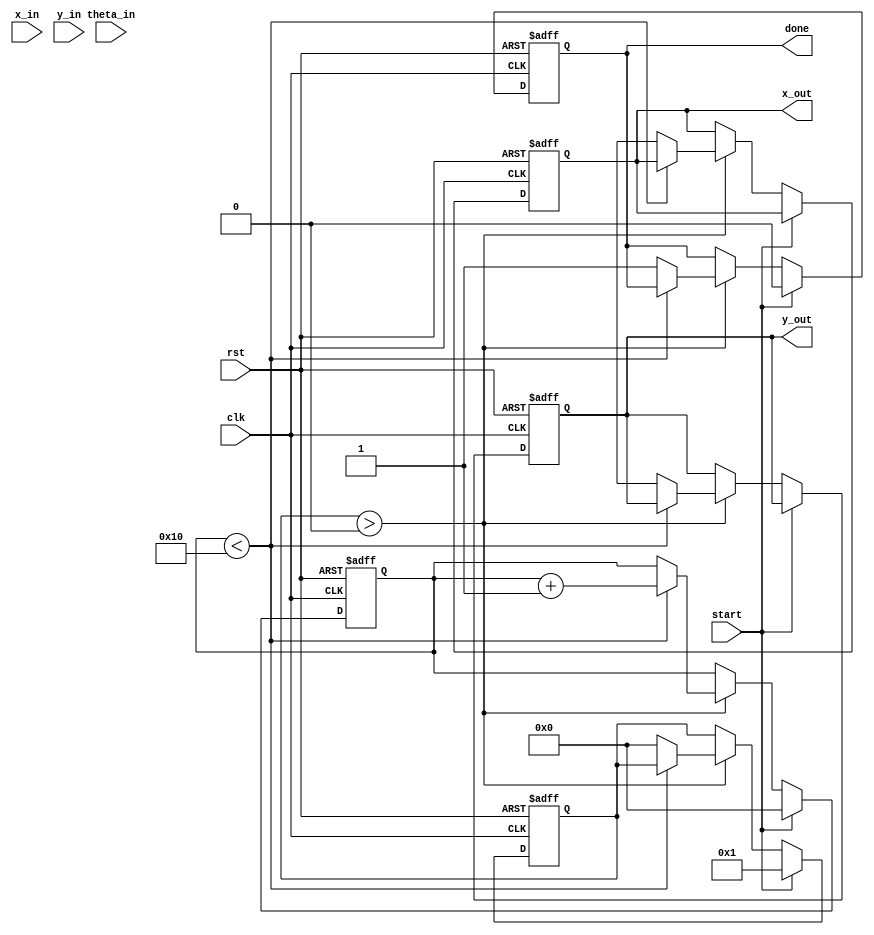
module pipeline_cordic (
    input wire clk,
    input wire rst,
    input wire start,
    input wire signed [15:0] x_in, // Input X
    input wire signed [15:0] y_in, // Input Y
    input wire signed [15:0] theta_in, // Input angle 
    output reg signed [15:0] x_out, // Output X'
    output reg signed [15:0] y_out, // Output Y'
    output reg done // Signal to indicate completion
);

    // Parameters
    parameter NUM_ITERATIONS = 16; // Number of CORDIC iterations
    parameter ANGLE_WIDTH = 16; // Width for angle representation
    parameter FIXED_POINT_WIDTH = 16; // Width for fixed-point representation

    // Internal registers
    reg signed [FIXED_POINT_WIDTH-1:0] x_reg [0:NUM_ITERATIONS-1];
    reg signed [FIXED_POINT_WIDTH-1:0] y_reg [0:NUM_ITERATIONS-1];
    reg signed [ANGLE_WIDTH-1:0] theta_reg [0:NUM_ITERATIONS-1];
    reg [3:0] stage; // Current pipeline stage
    reg [3:0] iteration; // Current iteration count
    reg signed [ANGLE_WIDTH-1:0] angle_table [0:NUM_ITERATIONS-1]; // Lookup table for angles
    reg signed [FIXED_POINT_WIDTH-1:0] K [0:NUM_ITERATIONS-1]; // Scaling factors

    // Initialize angle table and scaling factors
    initial begin
        angle_table[0] = 16'h0000; // 0 degrees
        angle_table[1] = 16'h1C71; // 45 degrees
        angle_table[2] = 16'h1A6C; // 26.565 degrees
        // ... (fill in the rest of the angle values)
        
        K[0] = 16'h26DD; // Scaling factor for first iteration
        K[1] = 16'h1A6C; // Scaling factor for second iteration
        // ... (fill in the rest of the scaling factors)
    end

    // Pipeline control logic
    always @(posedge clk or posedge rst) begin
        if (rst) begin
            stage <= 0;
            iteration <= 0;
            done <= 0;
            x_out <= 0;
            y_out <= 0;
        end else if (start) begin
            x_reg[0] <= x_in;
            y_reg[0] <= y_in;
            theta_reg[0] <= theta_in;
            stage <= 1;
            iteration <= 0;
            done <= 0;
        end else if (stage > 0) begin
            if (iteration < NUM_ITERATIONS) begin
                // Perform CORDIC rotation
                if (theta_reg[iteration] < 0) begin // Counterclockwise rotation
                    x_reg[iteration + 1] <= x_reg[iteration] + (y_reg[iteration] >>> iteration);
                    y_reg[iteration + 1] <= y_reg[iteration] - (x_reg[iteration] >>> iteration);
                    theta_reg[iteration + 1] <= theta_reg[iteration] + angle_table[iteration];
                end else begin // Clockwise rotation
                    x_reg[iteration + 1] <= x_reg[iteration] - (y_reg[iteration] >>> iteration);
                    y_reg[iteration + 1] <= y_reg[iteration] + (x_reg[iteration] >>> iteration);
                    theta_reg[iteration + 1] <= theta_reg[iteration] - angle_table[iteration];
                end
                iteration <= iteration + 1;
            end else begin
                // Final output
                x_out <= x_reg[NUM_ITERATIONS];
                y_out <= y_reg[NUM_ITERATIONS];
                done <= 1;
                stage <= 0; // Reset stage
            end
        end
    end
endmodule